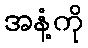
အနံ့ကို